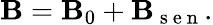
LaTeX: \mathbf{B}=\mathbf{B}_{0}+\mathbf{B}_{\mathrm{~s~e~n~}}.